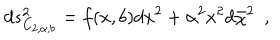
d s _ { C _ { 2 , \alpha , b } } ^ { 2 } = f ( x , b ) d x ^ { 2 } + \alpha ^ { 2 } x ^ { 2 } d \bar { \chi } ^ { 2 } ~ ~ ,